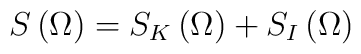
S\left( \Omega \right) =S_K\left( \Omega \right) +S_I\left( \Omega \right)